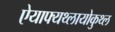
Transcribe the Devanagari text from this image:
ऐयाफ्यथ्लायोकुथ्ल